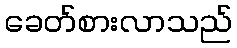
ခေတ်စားလာသည်